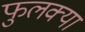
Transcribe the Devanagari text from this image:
फुलक्या